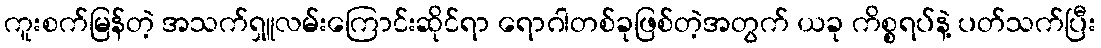
ကူးစက်မြန်တဲ့ အသက်ရှူလမ်းကြောင်းဆိုင်ရာ ရောဂါတစ်ခုဖြစ်တဲ့အတွက် ယခု ကိစ္စရပ်နဲ့ ပတ်သက်ပြီး